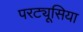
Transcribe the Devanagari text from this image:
परट्यूसिया